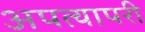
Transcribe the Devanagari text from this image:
अपत्यापरी